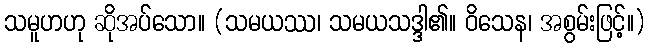
သမူဟဟု ဆိုအပ်သော။ (သမယဿ၊ သမယသဒ္ဒါ၏။ ဝိသေန၊ အစွမ်းဖြင့်။)